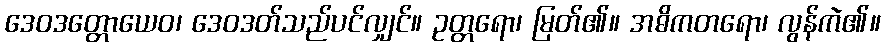
ဒေဝဒတ္တောယေဝ၊ ဒေဝဒတ်သည်ပင်လျှင်။ ဥတ္တရော၊ မြတ်၏။ အဓိကတရော၊ လွန်ကဲ၏။